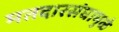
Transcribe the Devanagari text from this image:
मतदारसंघामुळे